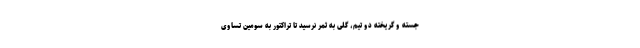
جسته و گریخته دو تیم، گلی به ثمر نرسید تا تراکتور به سومین تساوی